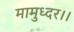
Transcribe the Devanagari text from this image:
मामुध्दर।।